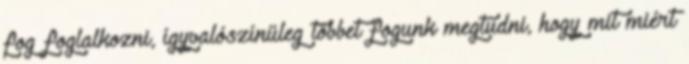
fog foglalkozni, ígyvalószínüleg többet fogunk megtudni, hogy mit miért